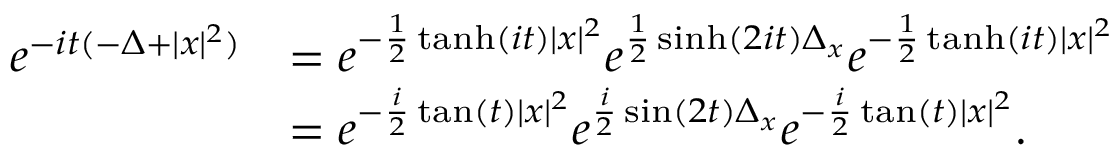
\begin{array} { r l } { e ^ { - i t ( - \Delta + | x | ^ { 2 } ) } } & { = e ^ { - \frac { 1 } { 2 } \operatorname { t a n h } ( i t ) | x | ^ { 2 } } e ^ { \frac { 1 } { 2 } \sinh ( 2 i t ) \Delta _ { x } } e ^ { - \frac { 1 } { 2 } \operatorname { t a n h } ( i t ) | x | ^ { 2 } } } \\ & { = e ^ { - \frac { i } { 2 } \tan ( t ) | x | ^ { 2 } } e ^ { \frac { i } { 2 } \sin ( 2 t ) \Delta _ { x } } e ^ { - \frac { i } { 2 } \tan ( t ) | x | ^ { 2 } } . } \end{array}